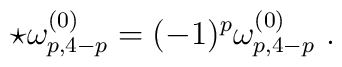
\star \omega^{(0)}_{p,4-p} = (-1)^p \omega^{(0)}_{p,4-p}\ .